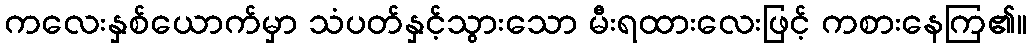
ကလေးနှစ်ယောက်မှာ သံပတ်နှင့်သွားသော မီးရထားလေးဖြင့် ကစားနေကြ၏။